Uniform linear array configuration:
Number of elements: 32
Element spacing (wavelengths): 0.25
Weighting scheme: blackman
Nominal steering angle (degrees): -30
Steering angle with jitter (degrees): -30.707
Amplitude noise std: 0.05
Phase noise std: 0.05

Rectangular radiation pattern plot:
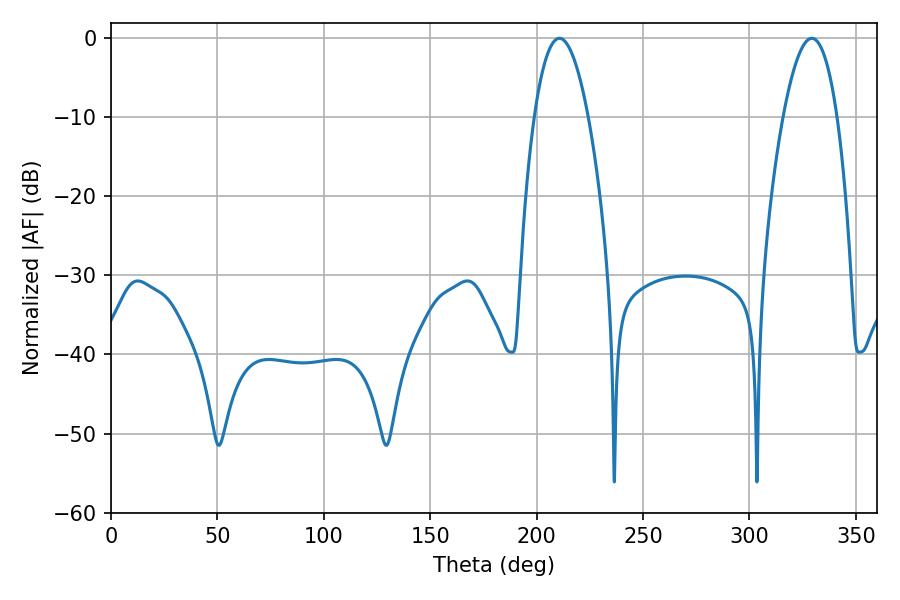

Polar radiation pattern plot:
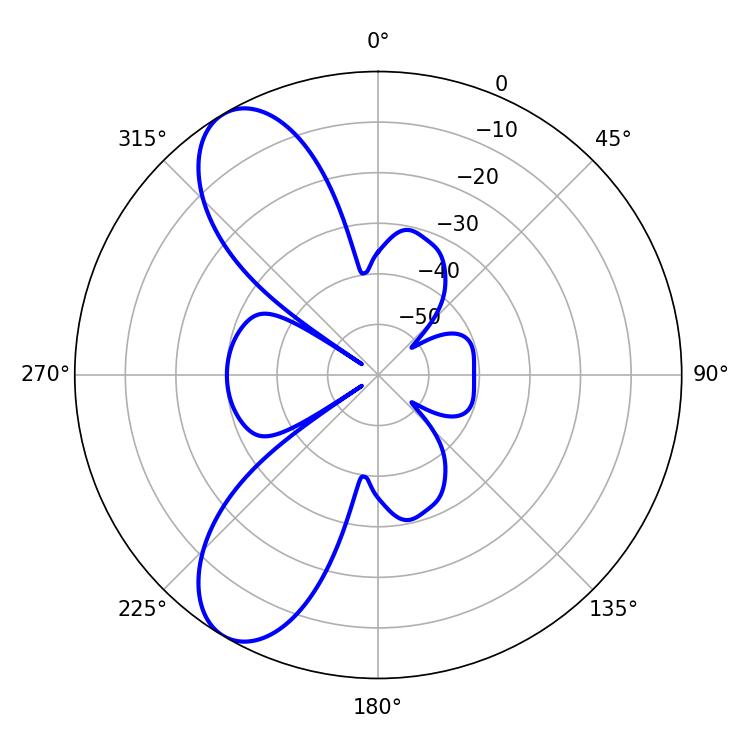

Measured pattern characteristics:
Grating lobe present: FALSE
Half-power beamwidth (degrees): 14.04
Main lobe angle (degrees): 210.78